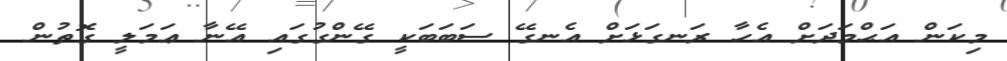
މިކަން އަޙްމަދަށް އެހާ ރަނގަޅަށް އެނގޭ ސަބަބަކީ ގޭންގުގައި އޭނާ ޢަމަލީ ގޮތުން